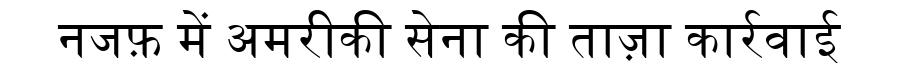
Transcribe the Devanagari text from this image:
नजफ़ में अमरीकी सेना की ताज़ा कार्रवाई